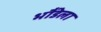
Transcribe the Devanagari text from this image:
भौंडेला